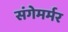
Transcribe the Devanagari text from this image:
संगेमर्मर